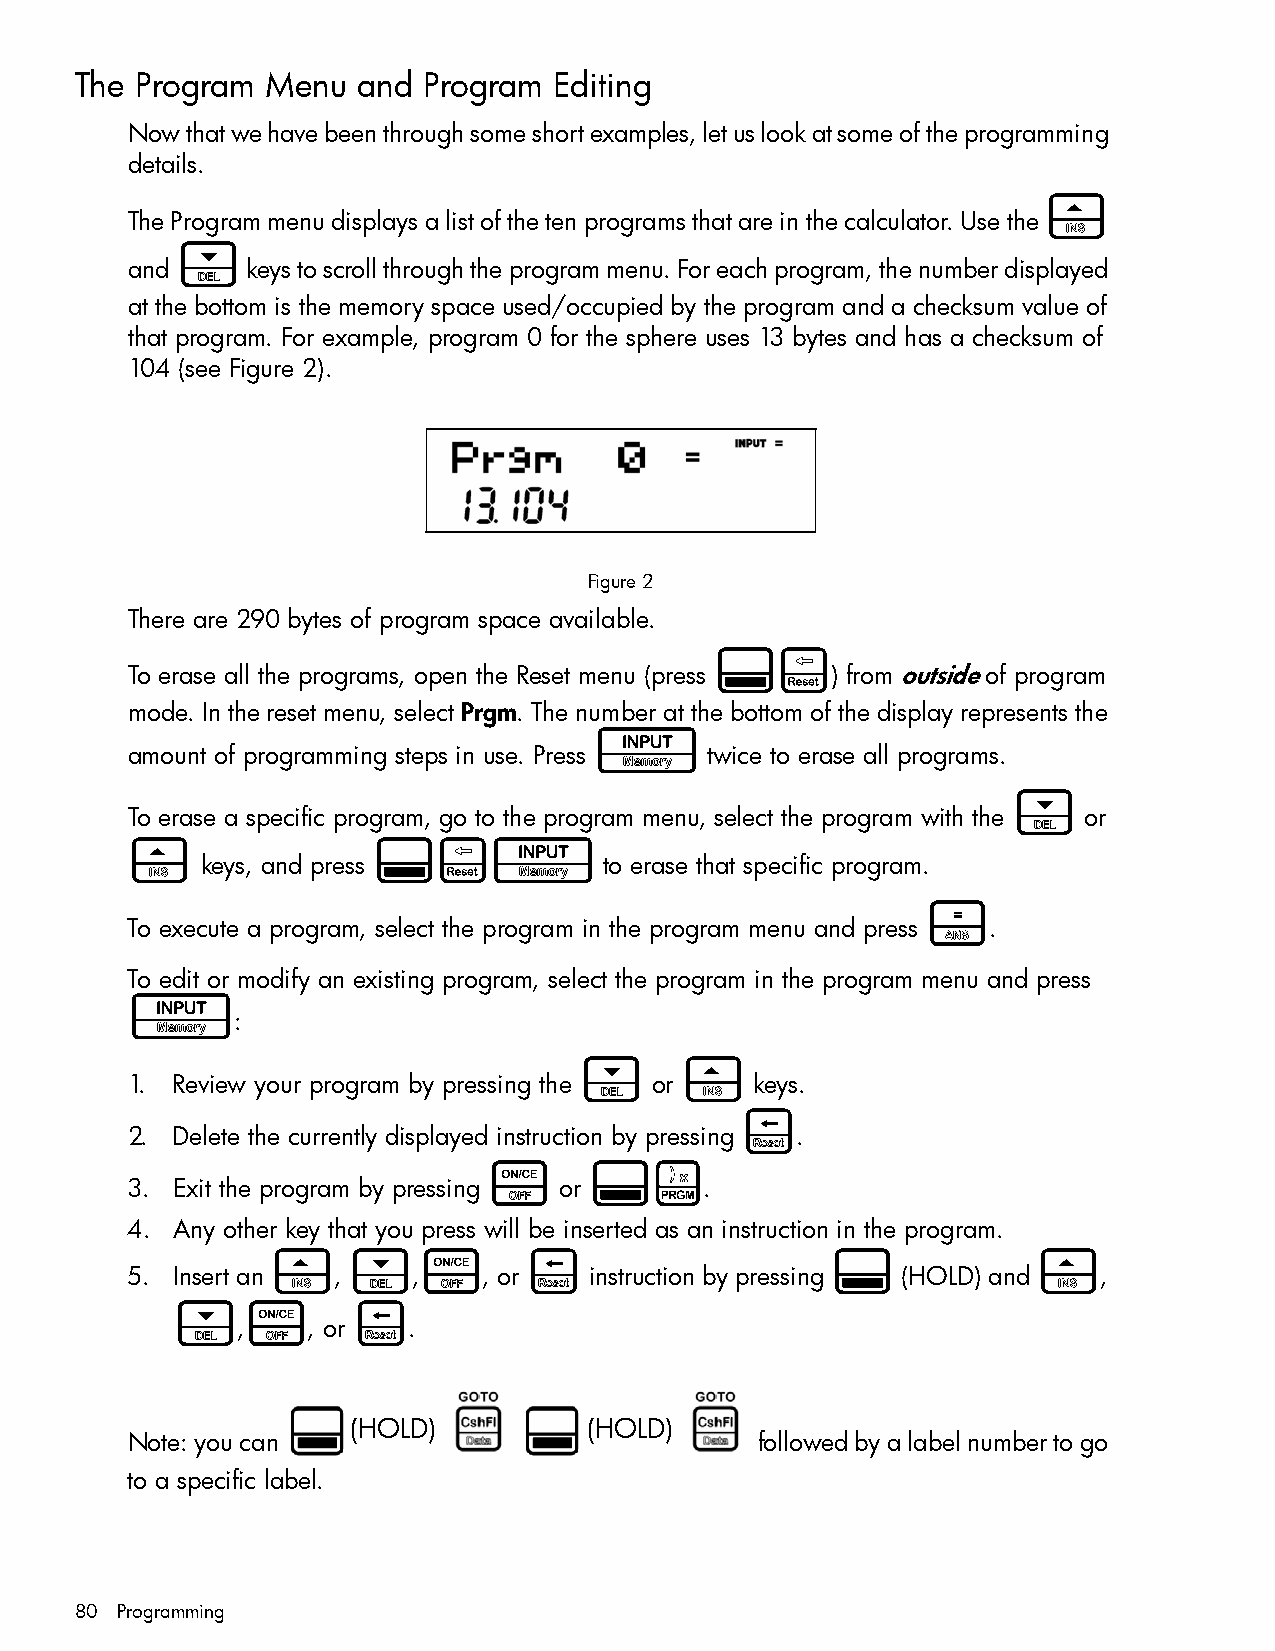
The Program  Menu  and Program  Editing
 Now that we have been through some short examples, let us look at some of the programming
 details.
 >
 The Program menu displays a list of the ten programs that are in the calculator. Use the
 <
 and     keys to scroll through the program menu. For each program, the number displayed
 at the bottom is the memory space used/occupied by the program and a checksum value of
 that program. For example, program 0 for the sphere uses 13 bytes and has a checksum of
 104 (see Figure 2).
 Figure 2
 There are 290 bytes of program space available.
 :x
 To erase all the programs, open the Reset menu (press ) from outside of program
 mode. In the reset menu, select Prgm. The number at the bottom of the display represents the
 I
 amount of programming steps in use. Press twice to erase all programs.
 <
 To erase a specific program, go to the program menu, select the program with the or
 >                :xI
 keys, and press            to erase that specific program.
 =
 To execute a program, select the program in the program menu and press .
 To edit or modify an existing program, select the program in the program menu and press
 I
 :
 <      >
 1. Review your program by pressing the or keys.
 {
 2. Delete the currently displayed instruction by pressing .
 O      :E
 3. Exit the program by pressing or     .
 4. Any other key that you press will be inserted as an instruction in the program.
 >    <    O      {                   :             >
 5. Insert an  ,    ,    , or   instruction by pressing (HOLD) and ,
 <    O      {
 ,   , or   .
 (HOLD)          (HOLD)
 Note: you can                             followed by a label number to go
 to a specific label.
 80 Programming